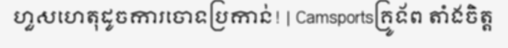
ហួសហេតុដូចការចោទប្រកាន់! | Camsportsគ្រូទ័ព តាំងចិត្ត